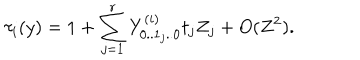
LaTeX: \tau _ { i } ( y ) = 1 + \sum _ { j = 1 } ^ { r } Y _ { 0 . . 1 _ { j } . . 0 } ^ { ( i ) } t _ { j } Z _ { j } + O ( Z ^ { 2 } ) .